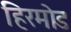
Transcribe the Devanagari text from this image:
हिरमोड